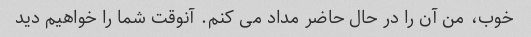
خوب، من آن را در حال حاضر مداد می کنم. آنوقت شما را خواهیم دید